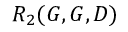
R _ { 2 } ( G , G , D )